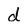
Character: d